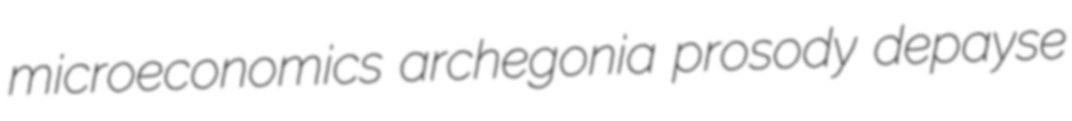
microeconomics archegonia prosody depayse